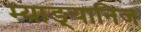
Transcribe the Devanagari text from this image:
म्याङ्यानिज